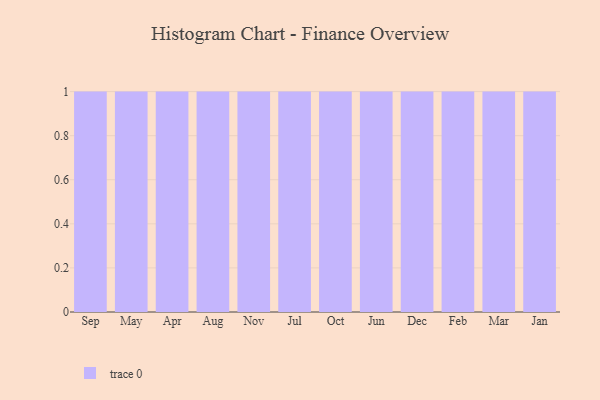
{"axis": {"x": "Month", "y": "Operating Costs (USD K)"}, "legend": [""], "data": [{"x": "Sep", "y": 46, "type": ""}, {"x": "May", "y": 33, "type": ""}, {"x": "Apr", "y": 84, "type": ""}, {"x": "Aug", "y": 23, "type": ""}, {"x": "Nov", "y": 39, "type": ""}, {"x": "Jul", "y": 34, "type": ""}, {"x": "Oct", "y": 71, "type": ""}, {"x": "Jun", "y": 93, "type": ""}, {"x": "Dec", "y": 32, "type": ""}, {"x": "Feb", "y": 74, "type": ""}, {"x": "Mar", "y": 66, "type": ""}, {"x": "Jan", "y": 55, "type": ""}]}